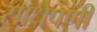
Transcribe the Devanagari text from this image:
साधेपणी